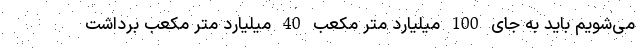
می‌شویم باید به جای 100 میلیارد متر مکعب 40 میلیارد متر مکعب برداشت